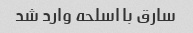
سارق با اسلحه وارد شد